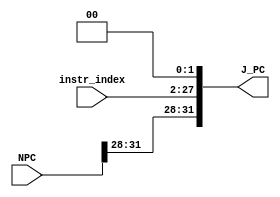
`timescale 1ns / 1ps

module J_Mod(
    input [25:0] instr_index,
    input [31:0] NPC,
    output [31:0] J_PC
    );
    assign J_PC = {NPC[31:28], instr_index, 2'b00};
endmodule